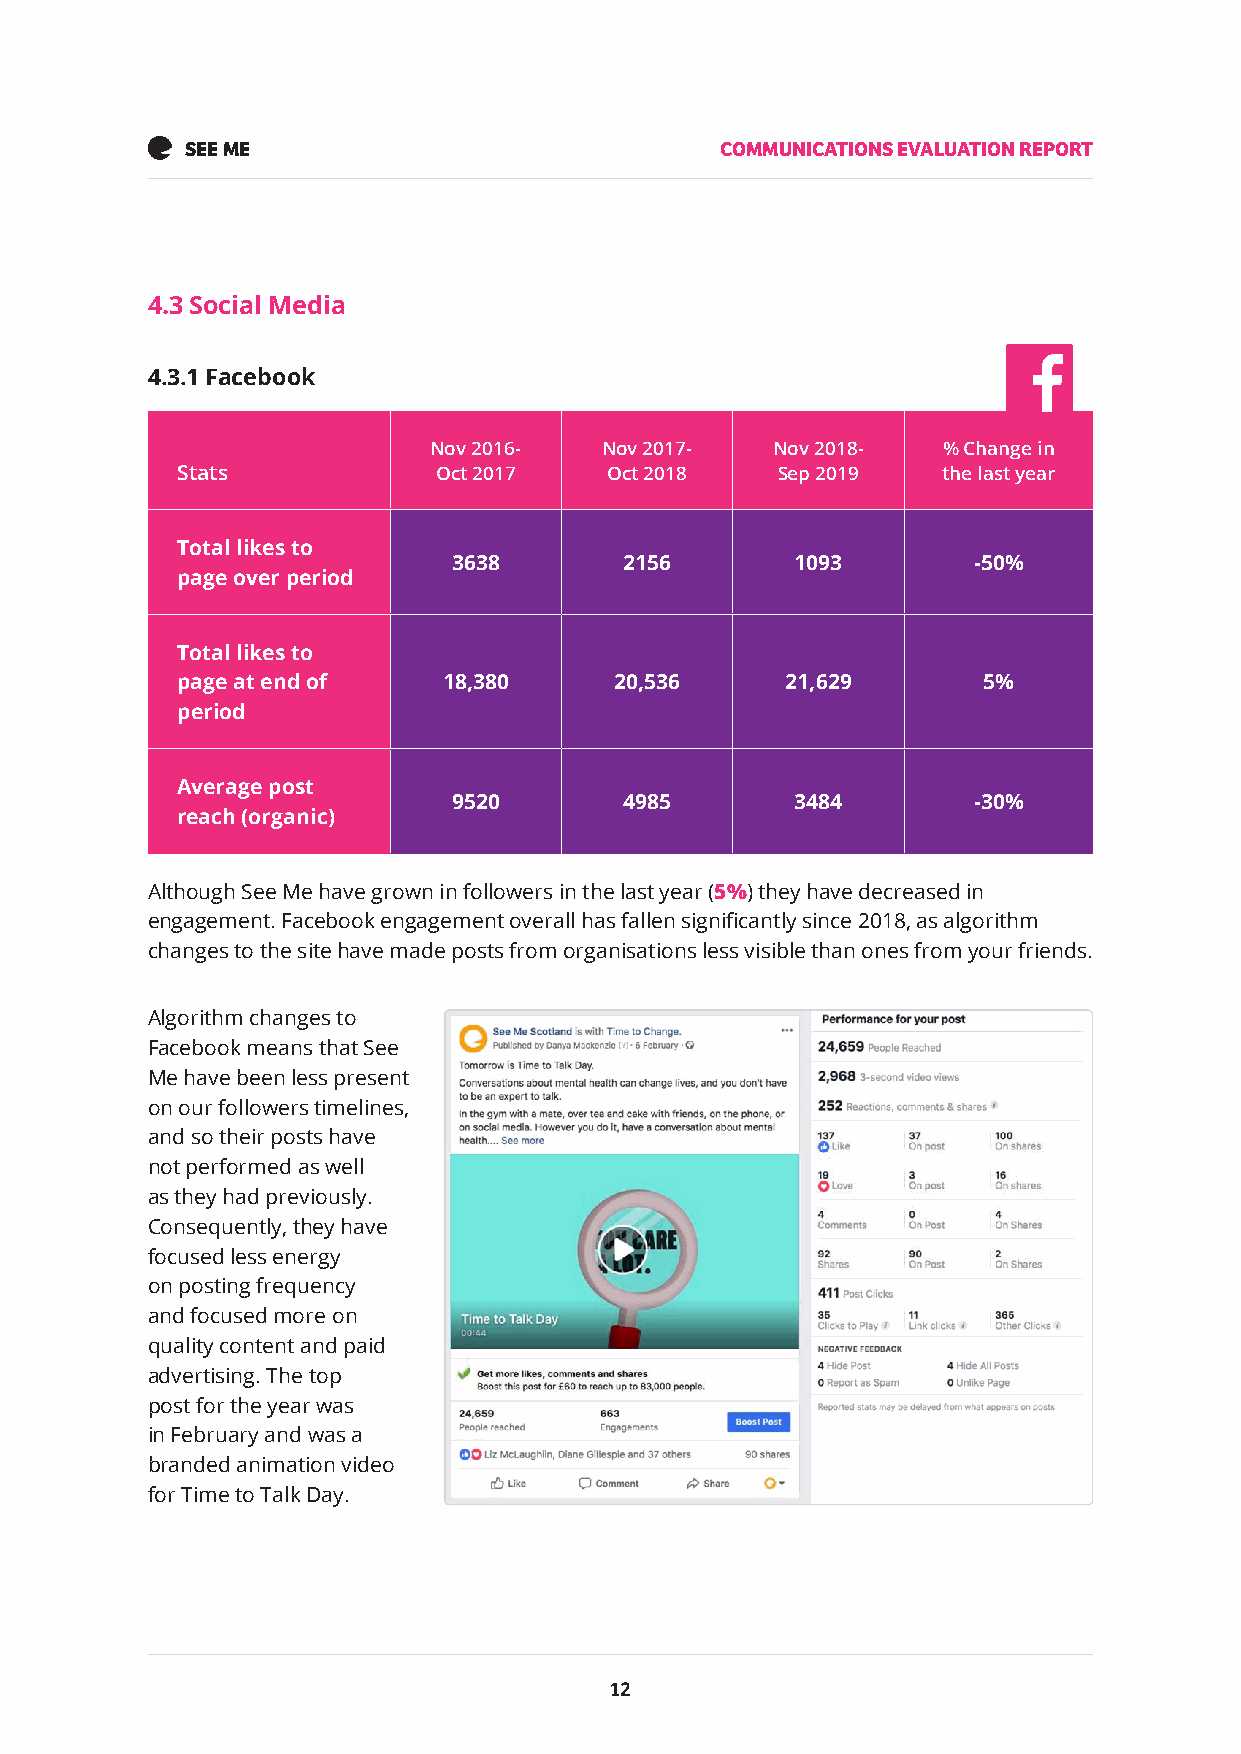
SEE ME                              COMMUNICATIONS EVALUATION REPORT
 4.3 Social Media
 4.3.1 Facebook
 Nov 2016-   Nov 2017-  Nov 2018-  % Change in
 Stats            Oct 2017   Oct 2018   Sep 2019   the last year
 Total likes to
 3638       2156        1093       -50%
 page over period
 Total likes to
 page at end of   18,380      20,536     21,629       5%
 period
 Average post
 9520       4985        3484       -30%
 reach (organic)
 Although See Me have grown in followers in the last year (5%) they have decreased in
 engagement. Facebook engagement overall has fallen significantly since 2018, as algorithm
 changes to the site have made posts from organisations less visible than ones from your friends.
 Algorithm changes to
 Facebook means that See
 Me have been less present
 on our followers timelines,
 and so their posts have
 not performed as well
 as they had previously.
 Consequently, they have
 focused less energy
 on posting frequency
 and focused more on
 quality content and paid
 advertising. The top
 post for the year was
 in February and was a
 branded animation video
 for Time to Talk Day.
 12